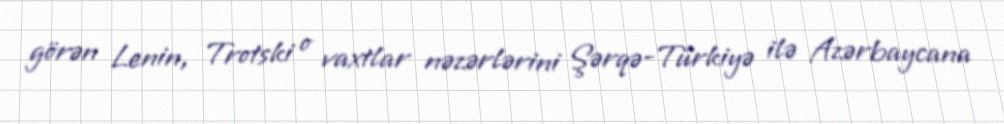
görən Lenin, Trotski o vaxtlar nəzərlərini Şərqə-Türkiyə ilə Azərbaycana